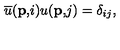
\overline { { u } } ( \mathbf { p , } i ) u ( \mathbf { p , } j ) = \delta _ { i j } ,